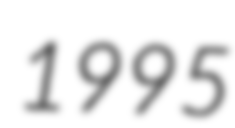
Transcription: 1995